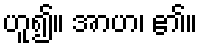
ဟူ၍။ အာဟ၊ ၏။